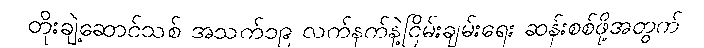
တိုးချဲ့ဆောင်သစ် အသက်၁၉ လက်နက်နဲ့ငြိမ်းချမ်းရေး ဆန်းစစ်ဖို့အတွက်